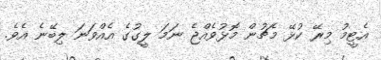
އެޓީމު މިރޭ ކުޅޭ މެޗުން މޮޅުވެއްޖެ ނަމަ ލީގުގެ އެއްވަނަ ލިބޭނެ އެވެ.